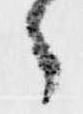
々